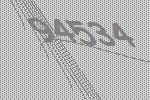
94534